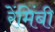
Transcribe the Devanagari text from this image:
रेंमिंबी